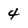
Character: 4